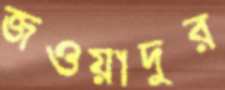
জওয়াদুর